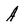
Character: A